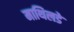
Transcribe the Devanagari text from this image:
माथिलडे